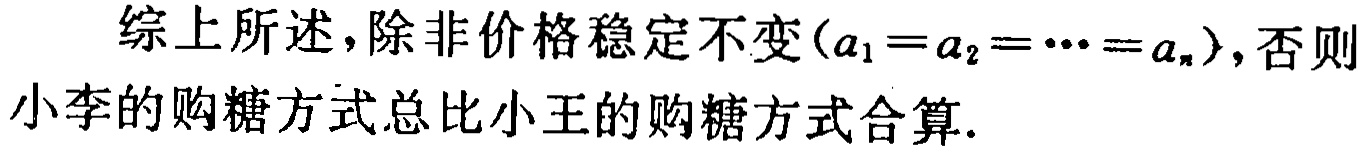
综上所述，除非价格稳定不变（\(a_{1}=a_{2}=\cdots =a_{n}\)），否则小李的购糖方式总比小王的购糖方式合算.